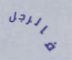
فالرجل